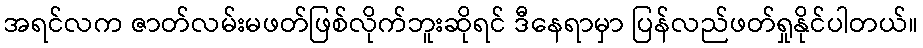
အရင်လက ဇာတ်လမ်းမဖတ်ဖြစ်လိုက်ဘူးဆိုရင် ဒီနေရာမှာ ပြန်လည်ဖတ်ရှုနိုင်ပါတယ်။